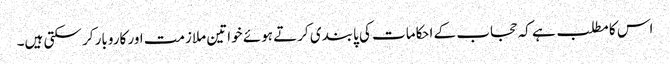
اس کا مطلب ہے کہ حجاب کے احکامات کی پابندی کرتے ہوئے خواتین ملازمت اور کاروبار کر سکتی ہیں۔